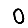
Digit: 0